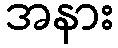
အနား